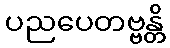
ပညပေတဗ္ဗန္တိ